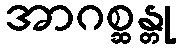
အာဂစ္ဆန္တု